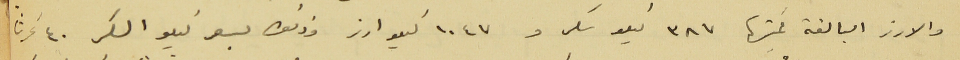
والارز البالغة كميتها ٣٨٧ كيلو سكر و ١٠٤٧  كيلو ارز وذلك بسعر كيلو السكر ٤٠ غرشا